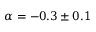
\alpha = - 0 . 3 \pm 0 . 1